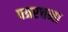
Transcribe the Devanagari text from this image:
पत्ररचना